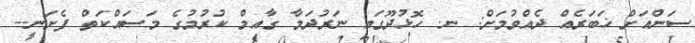
ސަންއަށް ޚަބަރެއް ދެއްވުމަށް: ނ. ހޮޅުދޫގައި ނަރުދަމާ ގާއިމް ކުރުމުގެ މަސައްކަތް ފެށަނީ--